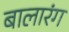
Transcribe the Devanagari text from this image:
बालारंग